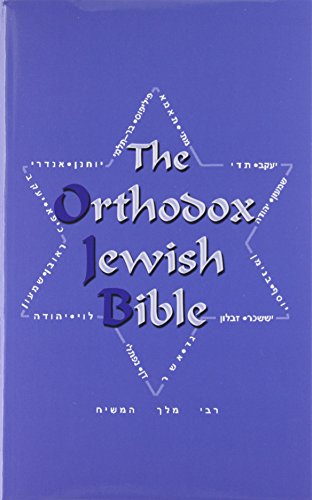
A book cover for The Orthodox Jewish Bible: Tanakh and Orthodox Jewish Brit Chadasha; Religion & Spirituality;